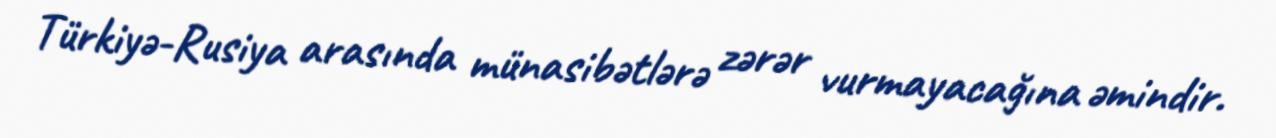
Türkiyə-Rusiya arasında münasibətlərə zərər vurmayacağına əmindir.